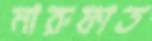
মারুফাত